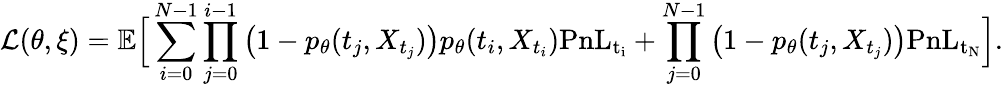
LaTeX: \mathcal{L}(\theta,\xi)=\mathbb{E}\Big[\sum_{i=0}^{N-1}\prod_{j=0}^{i-1}\left(1-p_{\theta}(t_{j},X_{t_{j}})\right)p_{\theta}(t_{i},X_{t_{i}})\mathrm{PnL_{t_{i}}}+\prod_{j=0}^{N-1}\left(1-p_{\theta}(t_{j},X_{t_{j}})\right)\mathrm{PnL_{t_{N}}}\Big].